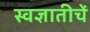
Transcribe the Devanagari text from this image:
स्वज्ञातीचें